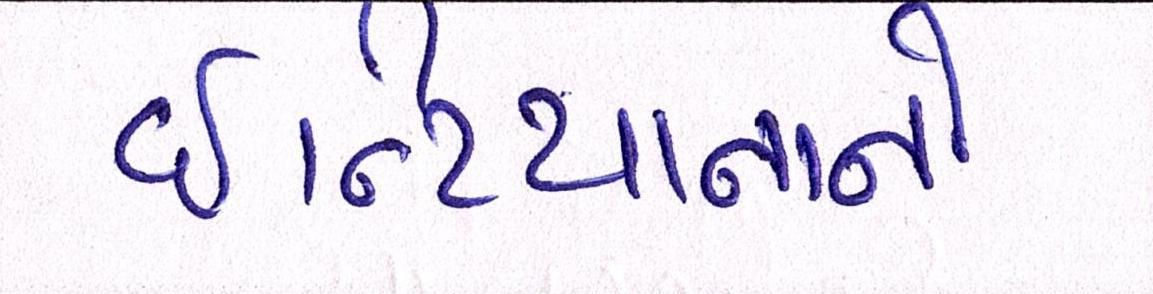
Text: ઇન્ડિયાનાનો